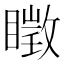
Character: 𥋔